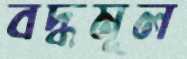
বদ্ধমূল